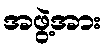
အဖွဲ့အား